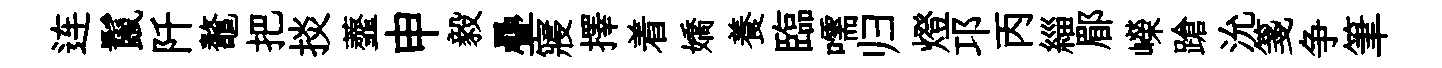
连鬣阡鼇把掞虀申毅疊寢擇着嬌養臨嚅归燈邛丙緇郿嶸蹌沇箋争筆